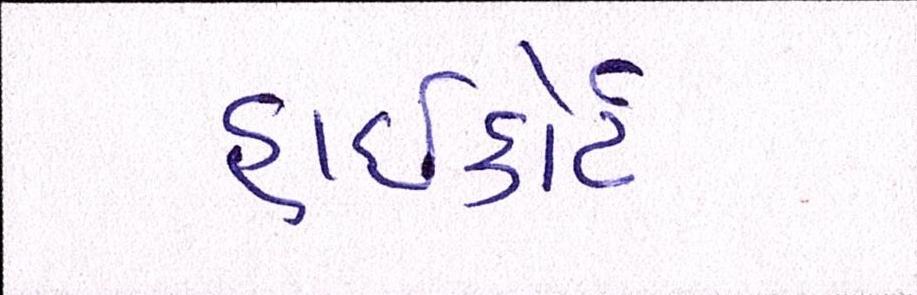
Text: હાઈકોર્ટ